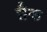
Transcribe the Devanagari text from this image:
छैक